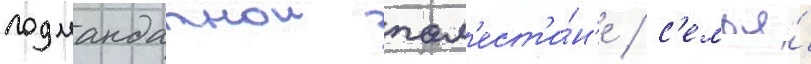
подмандатнои пал'ест'и́н'е / с'емья́